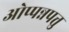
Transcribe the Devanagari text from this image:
ओप्पन्नपत्तु